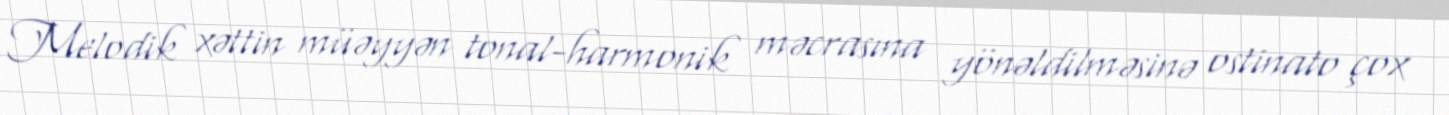
Melodik xəttin müəyyən tonal-harmonik məcrasına yönəldilməsinə ostinato çox